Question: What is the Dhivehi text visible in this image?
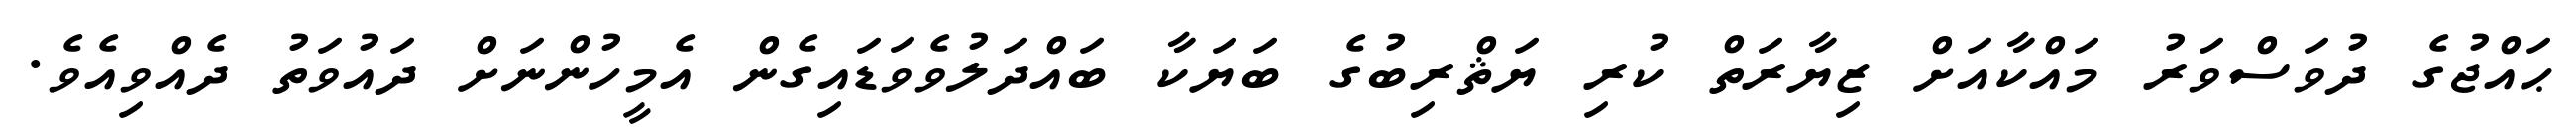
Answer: ޙައްޖުގެ ދުވަސްވަރު މައްކާއަށް ޒިޔާރަތް ކުރި ޔަޘްރިބުގެ ބަޔަކާ ބައްދަލުވެވަޑައިގެން އެމީހުންނަށް ދައުވަތު ދެއްވިއެވެ.